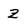
Character: Z